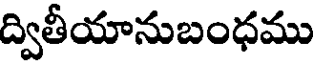
ద్వితీయానుబంధము